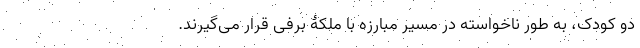
دو کودک، به طور ناخواسته در مسیر مبارزه با ملکۀ برفی قرار می‌گیرند.